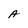
Character: A